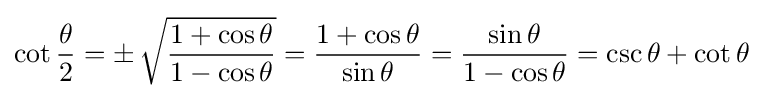
\cot {\frac {\theta }{2}}=\pm \,{\sqrt {\frac {1+\cos \theta }{1-\cos \theta }}}={\frac {1+\cos \theta }{\sin \theta }}={\frac {\sin \theta }{1-\cos \theta }}=\csc \theta +\cot \theta